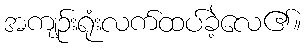
အကျဉ်းရုံးလက်ထပ်ခဲ့လေ၏။